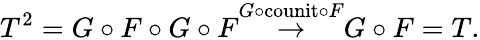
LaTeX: T^{2}=G\circ F\circ G\circ F{\stackrel{G\circ{\mathrm{counit}}\circ F}{\to}}G\circ F=T.